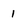
Character: 1